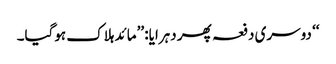
‘‘ دوسری دفعہ پھر دہرایا: ’’مائد ہلاک ہوگیا۔